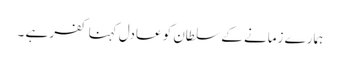
ہمارے زمانے کے سلطان کو عادل کہنا کفر ہے ۔